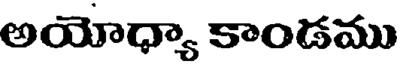
అయోధ్యా కాండము